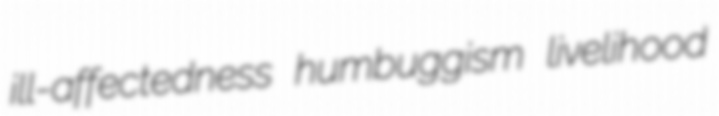
ill-affectedness humbuggism livelihood